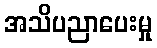
အသိပညာပေးမှု